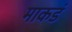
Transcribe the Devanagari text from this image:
माकडं